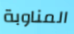
المناوبة